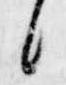
候